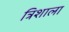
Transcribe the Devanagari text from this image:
त्रिशाला